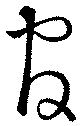
官